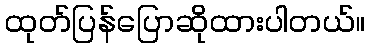
ထုတ်ပြန်ပြောဆိုထားပါတယ်။